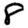
Digit: 8